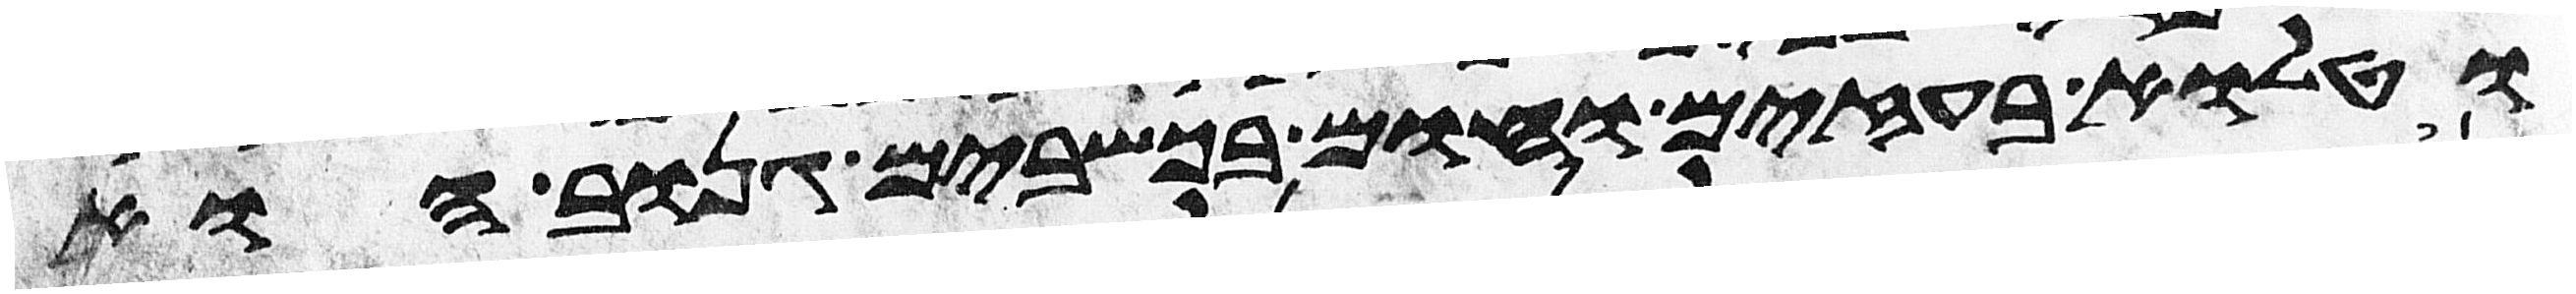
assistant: וטלוא בעזים וחום בכשבים גנוב הוא